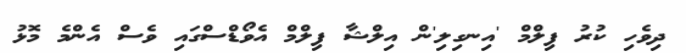
ދިވެހި ކުރު ފިލްމް 'އިނގިލި'ން އިލްޝާ ފިލްމް އެވޯޑްސްގައި ވެސް އެންމެ މޮޅު